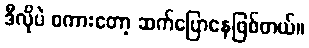
ဒီလိုပဲ စကားတော့ ဆက်ပြောနေဖြစ်တယ်။